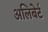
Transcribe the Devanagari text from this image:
अलिबेर्ट